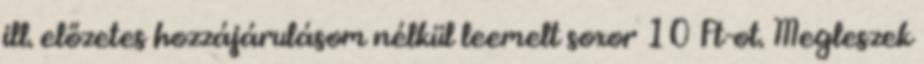
ill. előzetes hozzájárulásom nélkül leemelt soxor 10 Ft-ot. Megleszek